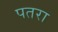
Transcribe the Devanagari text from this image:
पतरा